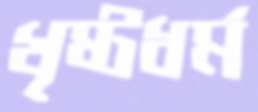
খৃষ্টধর্ম